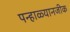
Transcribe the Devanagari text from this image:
पन्हाळ्यानजीक